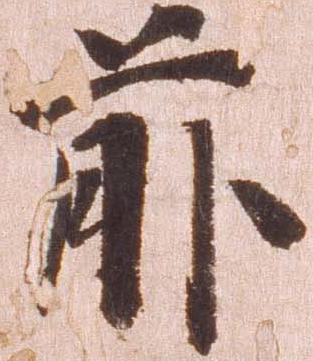
前